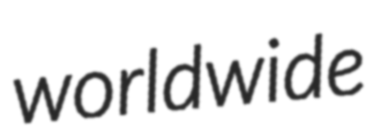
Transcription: worldwide